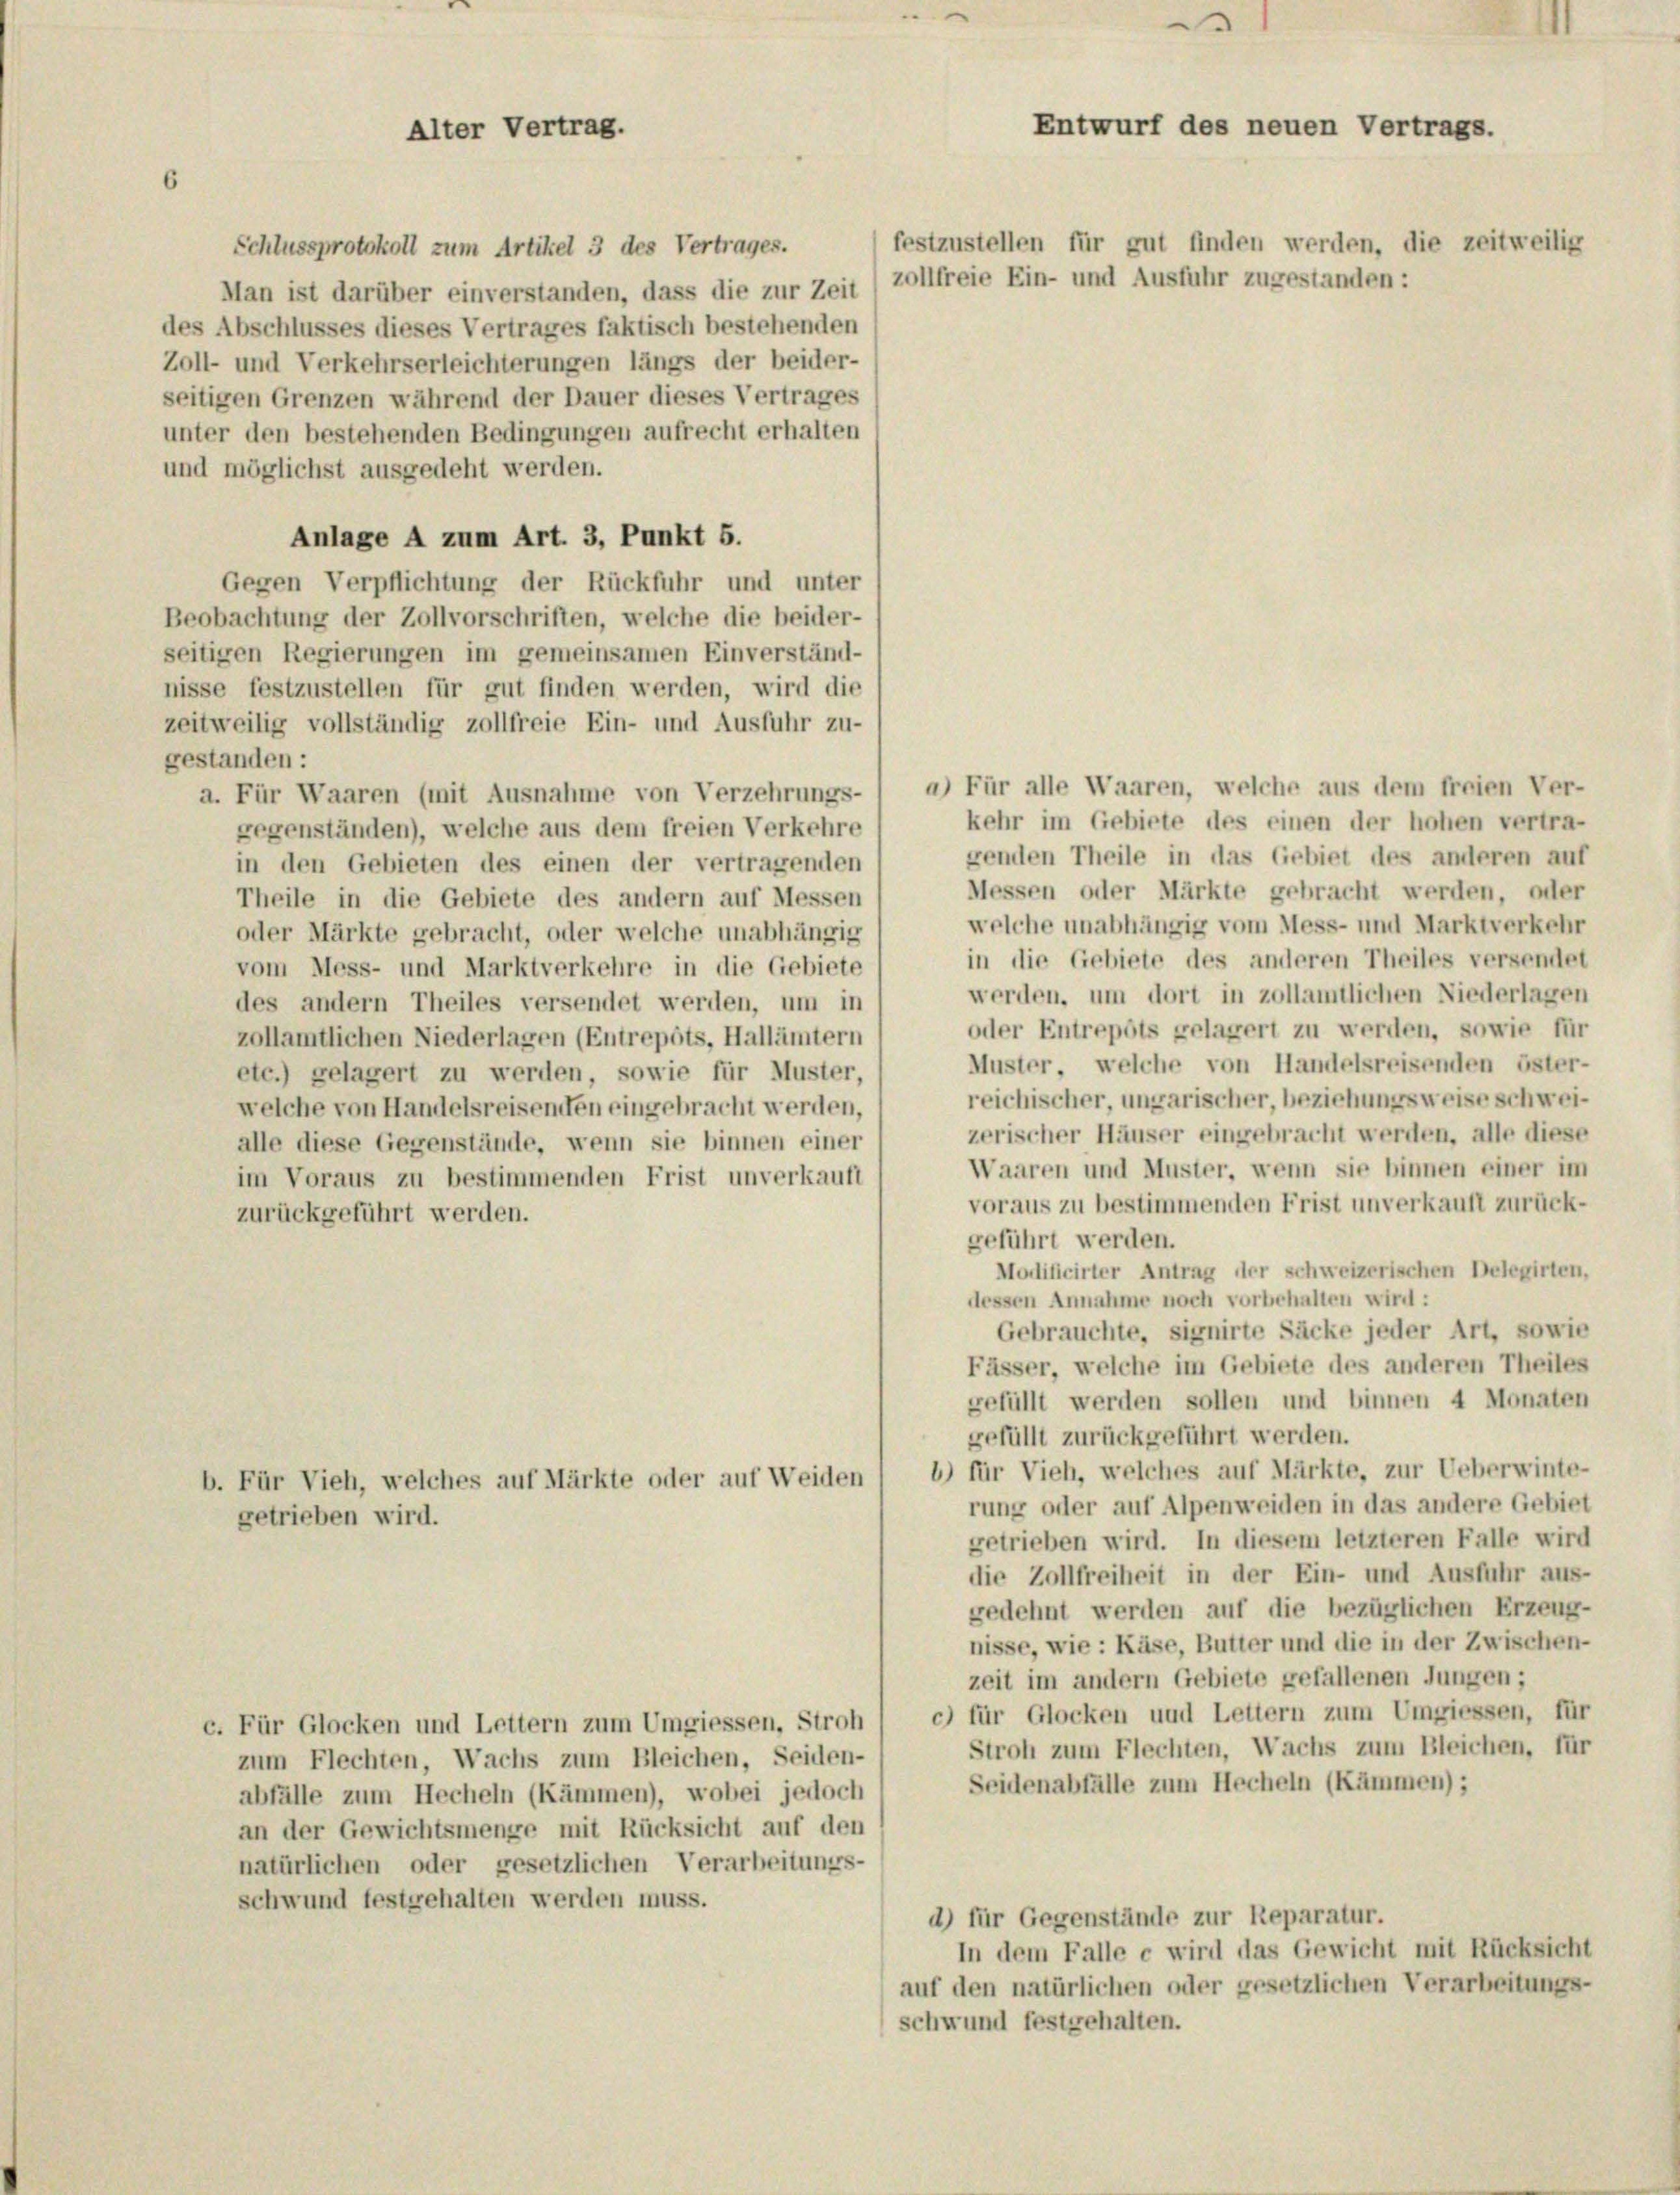
6

Alter Vertrag.

11
¬
Entwurf des neuen Vertrags.
festzustellen für gut finden werden, die zeitweilig

Schlussprotokoll zum Artikel 3 des Vertrages.
Man ist darüber einverstanden, dass die zur Zeit (zollfreie Ein- und Ausfuhr zugestanden:
des Abschlusses dieses Vertrages faktisch bestehenden
Zoll- und Verkehrserleichterungen längs der beider-
seitigen Grenzen während der Dauer dieses Vertrages
unter den bestehenden Bedingungen aufrecht erhalten
und möglichst ausgedeht werden.
Anlage A zum Art. 3, Punkt 5.
Gegen Verpflichtung der Rückfuhr und unter
Beobachtung der Zollvorschriften, welche die beider-
seitigen Regierungen im gemeinsamen Einverständ-
nisse festzustellen für gut finden werden, wird die
zeitweilig vollständig zollfreie Ein- und Ausfuhr zu-
gestanden :
a. Für Waaren (mit Ausnahme von Verzehrungs- ( a) Für alle Waaren, welche aus dem freien Ver-
kehr im Gebiete des einen der hohen vertra-
gegenständen), welche aus dem freien Verkehre
genden Theile in das Gebiet des anderen auf
in den Gebieten des einen der vertragenden
Messen oder Märkte gebracht werden, oder
Theile in die Gebiete des andern auf Messen
welche unabhängig vom Mess- und Marktverkehr
oder Märkte gebracht, oder welche unabhängig
in die Gebiete des anderen Theiles versendet
vom Mess- und Marktverkehre in die Gebiete
werden, um dort in zollamtlichen Niederlagen
des andern Theiles versendet werden, um in
oder Entrepots gelagert zu werden, sowie für
zollamtlichen Niederlagen (Entrepots, Hallämtern
Muster, welche von Handelsreisenden öster-
etc.) gelagert zu werden, sowie für Muster,
reichischer, ungarischer, beziehungsweise schweiwelche von Handelsreisenden eingebracht werden,
zerischer Häuser eingebracht werden, alle diese
alle diese Gegenstände, wenn sie binnen einer
Waaren und Muster, wenn sie binnen einer im
im Voraus zu bestimmenden Frist unverkauft
voraus zu bestimmenden Frist unverkauft zurück-
zurückgeführt werden.
geführt werden.
Modificirter Antrag der schweizerischen Delegirten,
dessen Annahme noch vorbehalten wird:
Gebrauchte, signirte Säcke jeder Art, sowie
Fässer, welche im Gebiete des anderen Theiles
gefüllt werden sollen und binnen 4 Monaten
gefüllt zurückgeführt werden.
b) für Vieh, welches auf Märkte, zur Ueberwinte-
b. Für Vieh, welches auf Märkte oder auf Weiden
rung oder auf Alpenweiden in das andere Gebiet
getrieben wird.
getrieben wird. In diesem letzteren Falle wird
die Zollfreiheit in der Ein- und Ausfuhr aus-
gedehnt werden auf die bezüglichen Erzeug-
nisse, wie: Käse, Butter und die in der Zwischen-
zeit im andern Gebiete gefallenen Jungen;
c) für Glocken und Lettern zum Umgiessen, für
c. Für Glocken und Lettern zum Umgiessen, Stroh
Stroh zum Flechten, Wachs zum Bleichen, für
zum Flechten, Wachs zum Bleichen, Seiden-
Seidenabfälle zum Hecheln (Kämmen);
abfälle zum Hecheln (Kämmen), wobei jedoch
an der Gewichtsmenge mit Rücksicht auf den
natürlichen oder gesetzlichen Verarbeitungs-
Schwund festgehalten werden muss.
d) für Gegenstände zur Reparatur.
In dem Falle e wird das Gewicht mit Rücksicht
auf den natürlichen oder gesetzlichen Verarbeitungs-
schwund festgehalten.